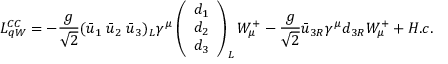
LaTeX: { \cal L } _ { q W } ^ { C C } = - \frac { g } { \sqrt 2 } ( \bar { u } _ { 1 } \; \bar { u } _ { 2 } \; \bar { u } _ { 3 } ) _ { L } \gamma ^ { \mu } \left( \begin{array} { c } { { d _ { 1 } } } \\ { { d _ { 2 } } } \\ { { d _ { 3 } } } \end{array} \right) _ { L } W _ { \mu } ^ { + } - \frac { g } { \sqrt 2 } \bar { u } _ { 3 R } \gamma ^ { \mu } d _ { 3 R } W _ { \mu } ^ { + } + H . c .